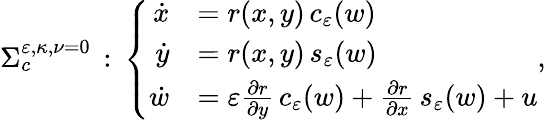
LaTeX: \begin{array}{r}{\Sigma_{c}^{\varepsilon{,\kappa},\nu=0}\, :\, \left\{ \begin{array}{rl}{\dot{x}}&{=r(x,y)\, c_{\varepsilon}(w)}\\ {\dot{y}}&{=r(x,y)\, s_{\varepsilon}(w)}\\ {\dot{w}}&{=\varepsilon\frac{\partial r}{\partial y}\, c_{\varepsilon}(w)+\frac{\partial r}{\partial x}\, s_{\varepsilon}(w)+u}\end{array}\right.,}\end{array}